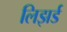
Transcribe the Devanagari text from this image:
लिझर्ड